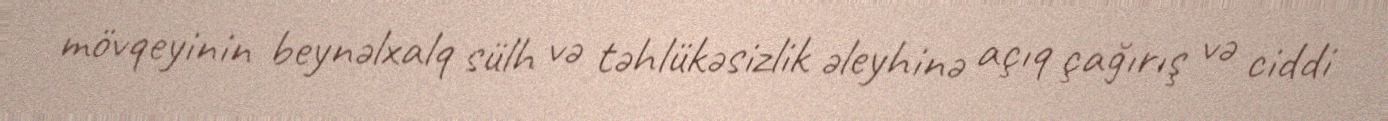
mövqeyinin beynəlxalq sülh və təhlükəsizlik əleyhinə açıq çağırış və ciddi